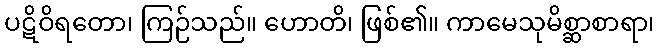
ပဋိဝိရတော၊ ကြဉ်သည်။ ဟောတိ၊ ဖြစ်၏။ ကာမေသုမိစ္ဆာစာရာ၊